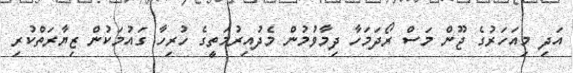
އަދި މިއަހަރުގެ ޖޫން މަސް ރޯދަމަހާ ދިމާވުމުން މެދުއިރުމަތީގެ ހުރިހާ ގައުމަކުން ޒިޔާރަތްކުރި